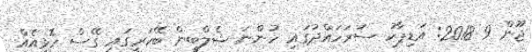
ޖޫން 9 2018: އަޑިޕާކު ސަރަހައްދުގައި ހުންނަ ޝެލްބީން ބޭކަރީގައި ގޭސް ހޮޅިއެއް